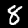
Digit: 8